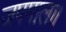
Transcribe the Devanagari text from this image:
जपमाला।